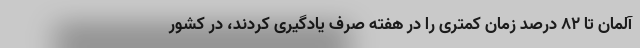
آلمان تا ۸۲ درصد زمان کمتری را در هفته صرف یادگیری کردند، در کشور